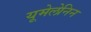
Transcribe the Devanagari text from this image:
यूमेलेनिन